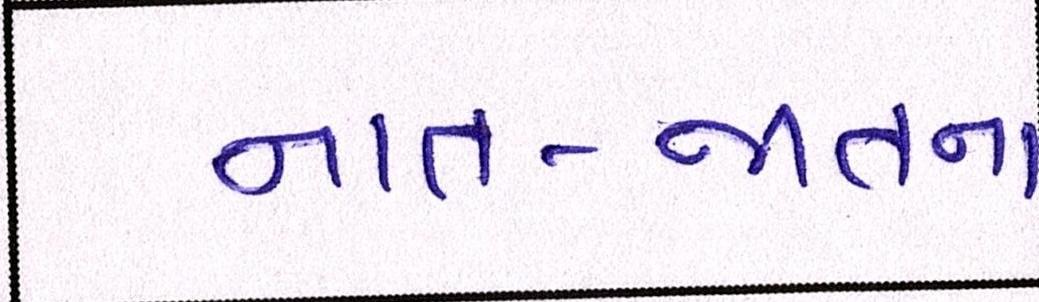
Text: નાત-જાતના